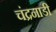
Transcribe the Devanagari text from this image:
चंद्रनाडी